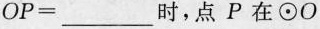
$$O P = ___$$时，点P在⊙O